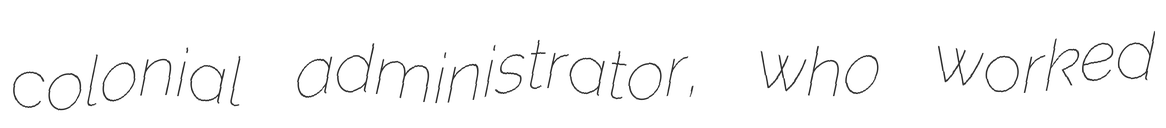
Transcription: colonial administrator, who worked